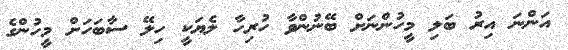
އަންނަ އިރު ބަލި މީހުންނަށް ބޭނުންވާ ހުރިހާ ލެޔަކީ ހިލޭ ސާބަހަށް މީހުންގެ